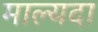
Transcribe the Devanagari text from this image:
माल्यदा